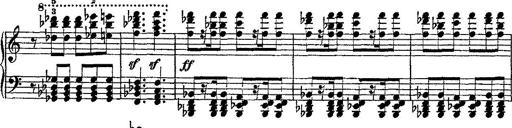
Title: Fantaisie romantique sur deux mÃ©lodies suisses
Composer: Franz Liszt